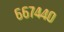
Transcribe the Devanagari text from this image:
६६७४४०